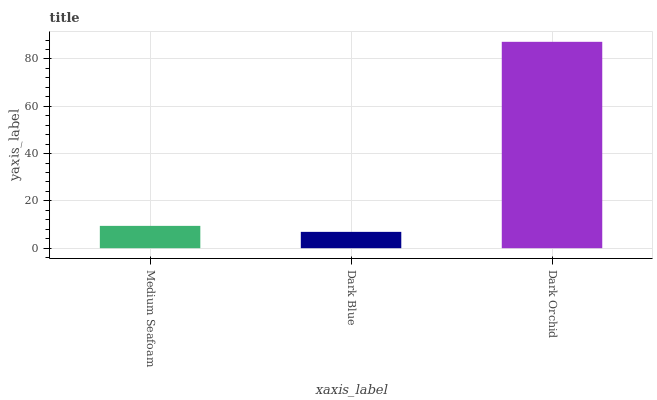
| xaxis_label | bars |
 | --- | --- |
 | Medium Seafoam | 9.44 |
 | Dark Blue | 6.91 |
 | Dark Orchid | 87.2 |